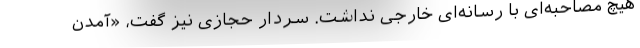
هیچ مصاحبه‌ای با رسانه‌ای خارجی نداشت. سردار حجازی نیز گفت، «آمدن